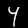
Label: 4